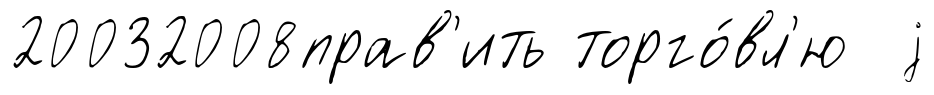
20032008прав'ить торго́вл'ю j